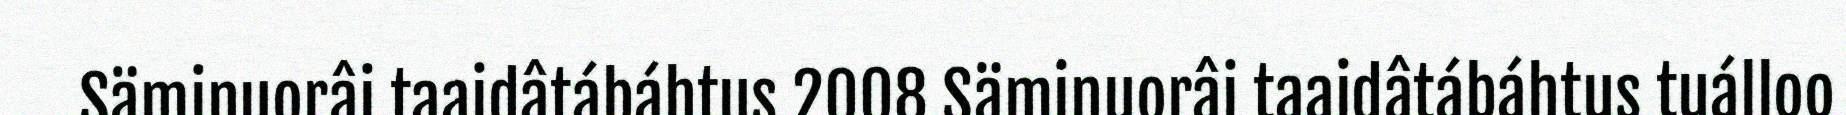
Säminuorâi taaidâtábáhtus 2008 Säminuorâi taaidâtábáhtus tuálloo